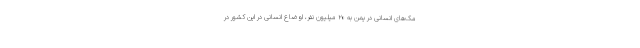
مک‌های انسانی در یمن به ۲۰ میلیون نفر، اوضاع انسانی در این کشور در